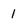
Character: l